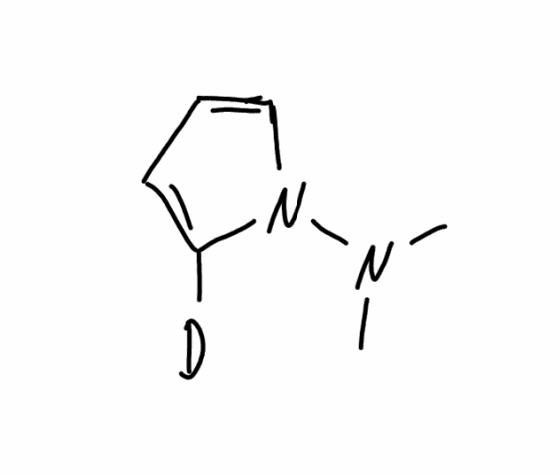
Simplified molecular-input line-entry system (SMILES) notation of the given molecule:
[2H]C1=CC=CN1N(C)C